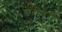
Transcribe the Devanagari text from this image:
डेरीबेरी